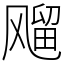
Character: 飗